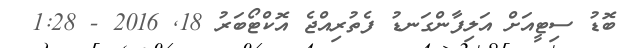
ބޮޑު ސިޓީއަށް އަލިފާންގަނޑު ފެތުރިއްޖެ އޮކްޓޯބަރު 18